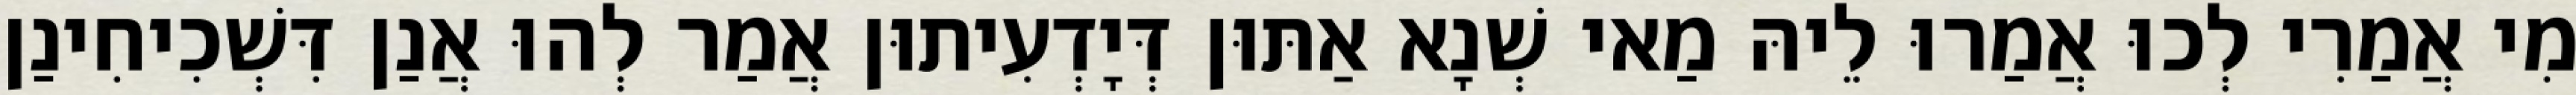
מִי אֲמַרִי לְכוּ אֲמַרוּ לֵיהּ מַאי שְׁנָא אַתּוּן דְּיָדְעִיתוּן אֲמַר לְהוּ אֲנַן דִּשְׁכִיחִינַן